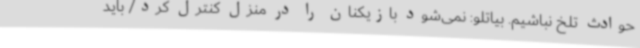
حوادث تلخ نباشیم. بیاتلو: نمی‌شود بازیکنان را در منزل کنترل کرد/ باید